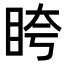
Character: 𥅚